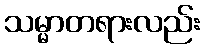
သမ္မာတရားလည်း